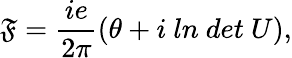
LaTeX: \mathfrak{F}=\frac{{ie}}{{2\pi}}(\theta+i\ ln\ det\ U),